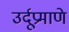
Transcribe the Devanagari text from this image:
उर्दूप्रमाणे